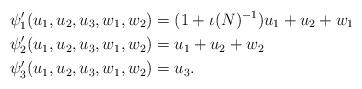
LaTeX: \begin{align*}\psi^\prime_1(u_1,u_2,u_3,w_1,w_2)& = (1+\iota(N)^{-1})u_1 + u_2 + w_1\\\psi^\prime_2(u_1,u_2,u_3,w_1,w_2)& = u_1 + u_2 + w_2\\\psi^\prime_3(u_1,u_2,u_3,w_1,w_2)& = u_3.\end{align*}